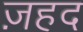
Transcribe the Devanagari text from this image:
ज़हद